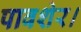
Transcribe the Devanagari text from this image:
पावशेर।